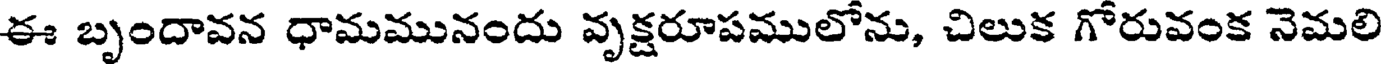
ఈ బృందావన ధామమునందు వృక్షరూపములోను, చిలుక గోరువంక నెమలి